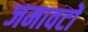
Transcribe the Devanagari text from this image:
जमावटों